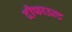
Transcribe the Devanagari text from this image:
दीफाउल्ट